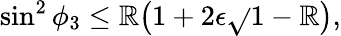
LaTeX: \sin^{2}{\phi_{3}}\le\mathbb{R}\big(1+2{\epsilon}\sqrt{}{{1-\mathbb{R}}}\big),